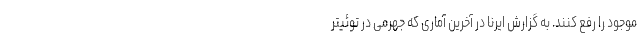
موجود را رفع کنند. به گزارش ایرنا در آخرین آماری که جهرمی در توئیتر